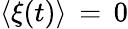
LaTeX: \langle\xi(t)\rangle\, =\, 0